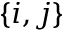
\{ i , j \}